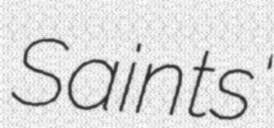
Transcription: Saints'